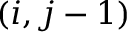
( i , j - 1 )